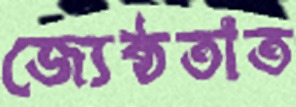
জ্যেষ্ঠতাত